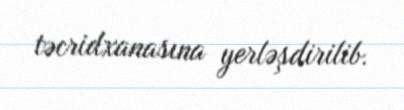
təcridxanasına yerləşdirilib.